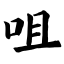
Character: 咀